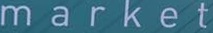
m a r k e t